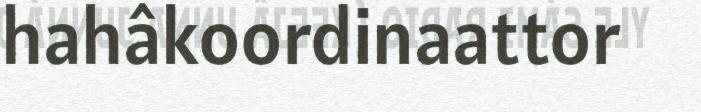
hahâkoordinaattor